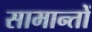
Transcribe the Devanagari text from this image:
सामान्तों